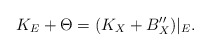
\begin{align*}K_{E}+\Theta=(K_{X}+ B''_X)|_{E}.\end{align*}